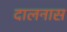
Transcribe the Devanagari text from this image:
दालनास